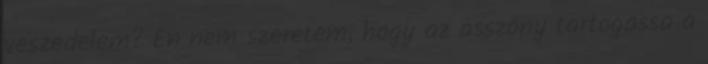
veszedelem? Én nem szeretem, hogy az asszony tartogassa a